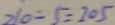
2 1 0 - 5 = 2 0 5